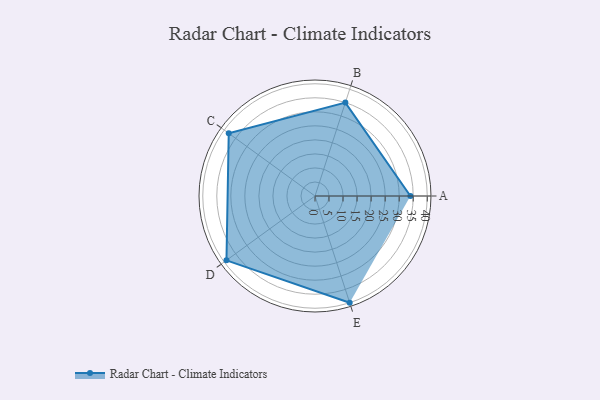
{"axis": {"x": "Skill", "y": "Score"}, "legend": ["Profile"], "data": [{"x": "A", "y": 34.0, "type": "Profile"}, {"x": "B", "y": 35.0, "type": "Profile"}, {"x": "C", "y": 38.0, "type": "Profile"}, {"x": "D", "y": 39.0, "type": "Profile"}, {"x": "E", "y": 40.0, "type": "Profile"}]}